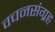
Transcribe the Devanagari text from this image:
वचनसंग्रह